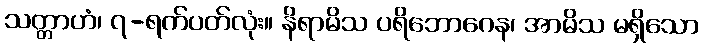
သတ္တာဟံ၊ ၇-ရက်ပတ်လုံး။ နိရာမိသ ပရိဘောဂေန၊ အာမိသ မရှိသော